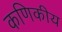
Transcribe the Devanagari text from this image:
कणिकीय